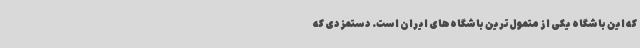
که این باشگاه یکی از متمول‌ترین باشگاه‌های ایران است. دستمزدی که